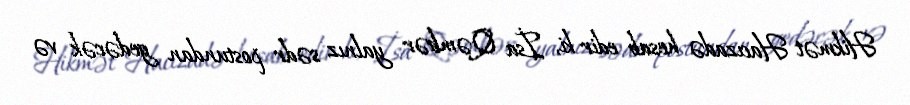
Hikmət Hacızadə hesab edir ki, İsa Qəmbər yalnız sədr postundan gedəcək və